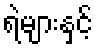
ရဲများနှင့်